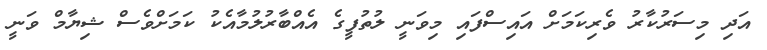
އަދި މިސަރުކާރު ވެރިކަމަށް އައިސްފައި މިވަނީ ލުތުފީގެ އެއްބާރުލުމާއެކު ކަމަށްވެސް ޝިޔާމް ވަނީ